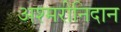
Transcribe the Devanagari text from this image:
अश्मरीनिदान